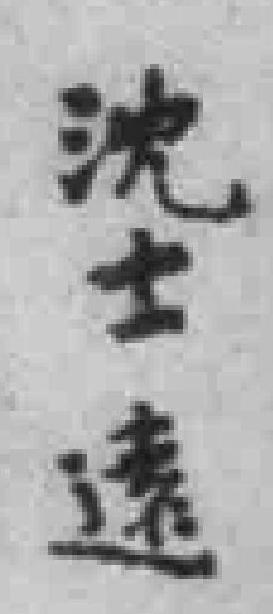
沈士遠